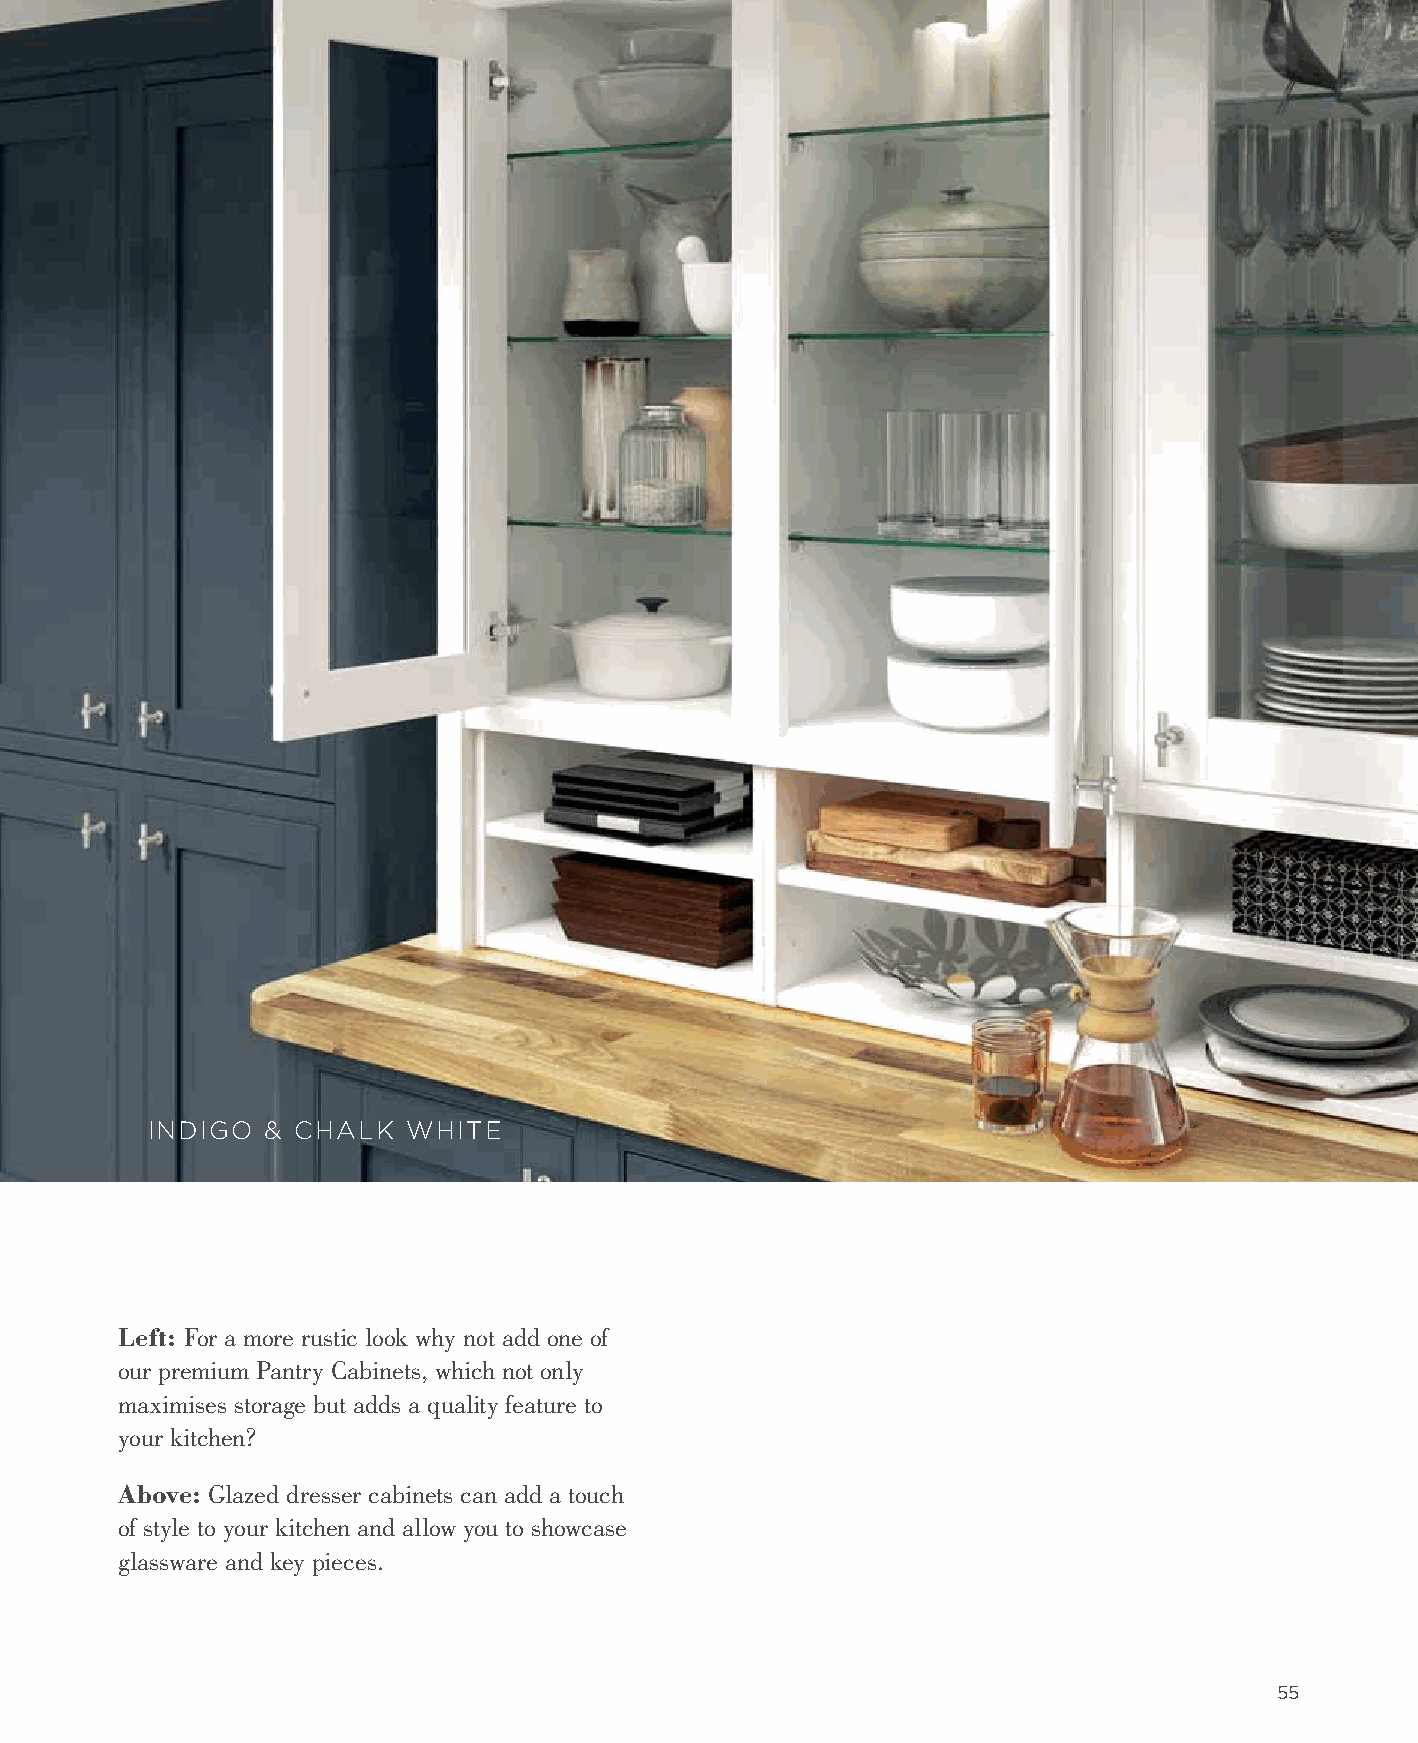
INDIGO  & CHALK  WHITE
 Left: For a more rustic look why not add one of
 our premium Pantry Cabinets, which not only
 maximises storage but adds a quality feature to
 your kitchen?
 Above: Glazed dresser cabinets can add a touch
 of style to your kitchen and allow you to showcase
 glassware and key pieces.
 55